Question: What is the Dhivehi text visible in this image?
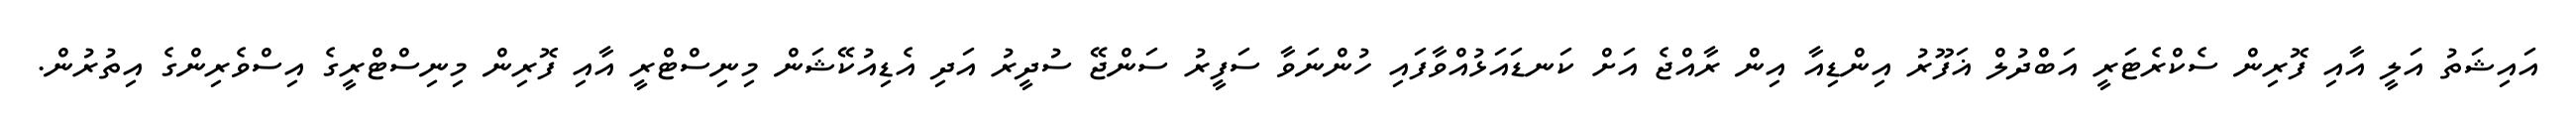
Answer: އައިޝަތު އަލީ އާއި ފޮރިން ސެކްރެޓަރީ އަބްދުލް ޣަފޫރު އިންޑިއާ އިން ރާއްޖެ އަށް ކަނޑައަޅުއްވާފައި ހުންނަވާ ސަފީރު ސަންޖޭ ސުދީރު އަދި އެޑިއުކޭޝަން މިނިސްޓްރީ އާއި ފޮރިން މިނިސްޓްރީގެ އިސްވެރިންގެ އިތުރުން.